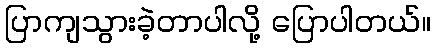
ပြာကျသွားခဲ့တာပါလို့ ပြောပါတယ်။